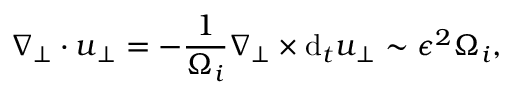
\nabla _ { \perp } \cdot \boldsymbol { u } _ { \perp } = - \frac { 1 } { \Omega _ { i } } \nabla _ { \perp } \times \mathrm { d } _ { t } \boldsymbol { u } _ { \perp } \sim \epsilon ^ { 2 } \Omega _ { i } ,